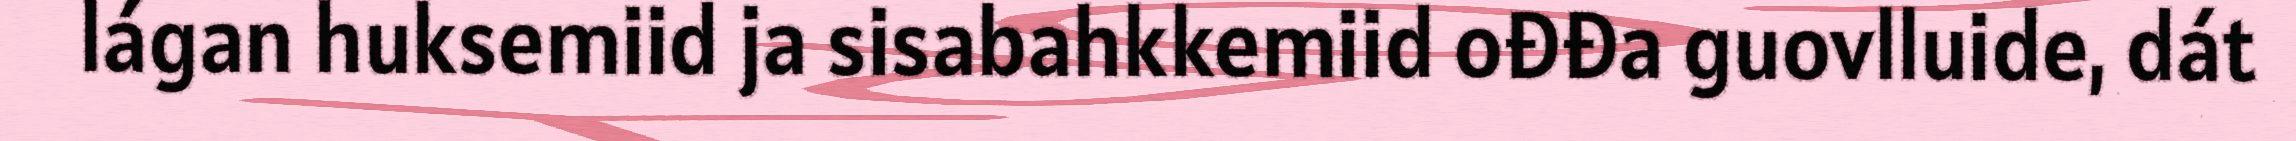
lágan huksemiid ja sisabahkkemiid ođđa guovlluide, dát